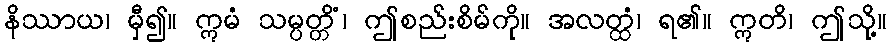
နိဿာယ၊ မှီ၍။ ဣမံ သမ္ပတ္တိံ၊ ဤစည်းစိမ်ကို။ အလတ္ထံ၊ ရ၏။ ဣတိ၊ ဤသို့။